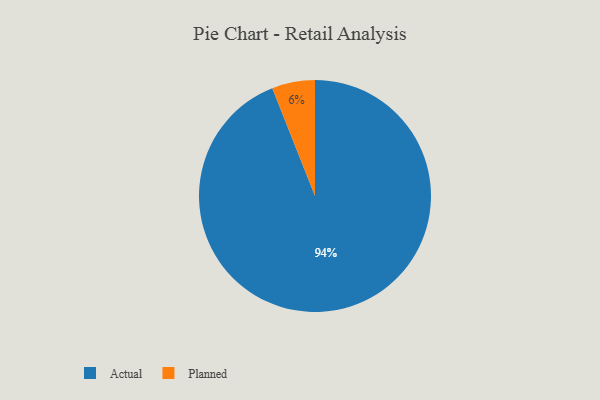
{"axis": {"x": "Category", "y": "Percentage"}, "legend": ["Actual", "Planned"], "data": [{"x": "Actual", "y": 94, "type": "Actual"}, {"x": "Planned", "y": 6, "type": "Planned"}]}